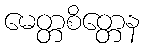
မေတ္တစိတ္တေန